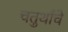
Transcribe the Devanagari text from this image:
चतुर्थांचे